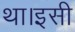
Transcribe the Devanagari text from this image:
था।इसी